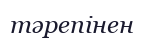
тәрепінен